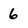
Character: 6